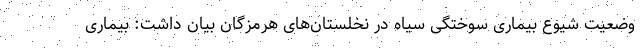
وضعیت شیوع بیماری سوختگی سیاه در نخلستان‌های هرمزگان بیان داشت: بیماری